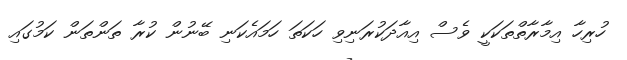
ހުރިހާ އިމާރާތްތަކަކީ ވެސް އިއާދަކުރަނިވި ހަކަތަ ހަމައެކަނި ބޭނުން ކުރާ ތަންތަން ކަމުގައި